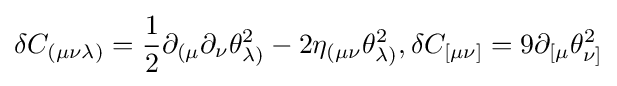
\delta C_{(\mu \nu \lambda )}={\frac {1}{2}}\partial _{(\mu }\partial _{\nu }\theta _{\lambda )}^{2}-2\eta _{(\mu \nu }\theta _{\lambda )}^{2},\delta C_{[\mu \nu ]}=9\partial _{\lbrack \mu }\theta _{\nu ]}^{2}